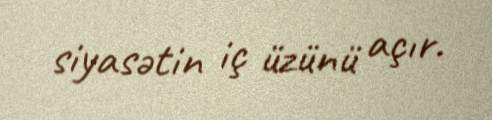
siyasətin iç üzünü açır.